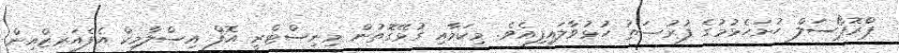
ޕްރޮޕޯސަލް ހުށަހެޅުމުގެ ފުރުޞަތު ހުޅުވާލައިފިއެވެ. މިކަމާއި ގުޅޭގޮތުން މިނިސްޓްރީ އޮފް އިސްލާމިކް އެފެއަރޒްއިން